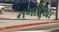
નગદિયા